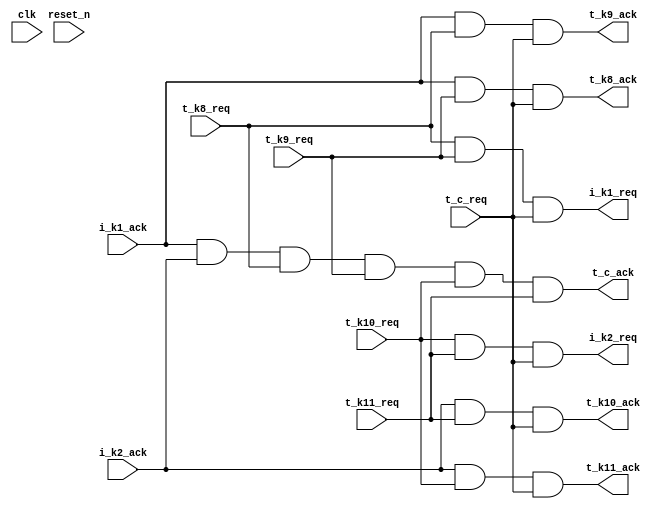
module rdp_systolic_ctrl_5_2 (

    input                 t_k8_req,
    output wire          t_k8_ack,

    input                 t_k9_req,
    output wire          t_k9_ack,

    input                 t_k10_req,
    output wire          t_k10_ack,

    input                 t_k11_req,
    output wire          t_k11_ack,

    input                 t_c_req,
    output wire          t_c_ack,


    output wire          i_k1_req,
    input                 i_k1_ack,

    output wire          i_k2_req,
    input                 i_k2_ack,

    input  clk, reset_n
);

// request
assign i_k1_req = t_k8_req & t_k9_req & t_c_req;
assign i_k2_req = t_k10_req & t_k11_req & t_c_req;

// acknowledge
assign t_k8_ack = i_k1_ack & t_k9_req & t_c_req;
assign t_k9_ack = i_k1_ack & t_k8_req & t_c_req;
assign t_k10_ack = i_k2_ack & t_k11_req & t_c_req;
assign t_k11_ack = i_k2_ack & t_k10_req & t_c_req;
assign t_c_ack = i_k1_ack & i_k2_ack & t_k8_req & t_k9_req & t_k10_req & t_k11_req;

endmodule